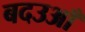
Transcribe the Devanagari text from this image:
बदउआँ